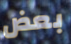
بعض